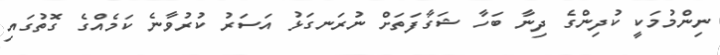
ނިންމުމަކީ ކުދިންގެ ދިނާ ބަހާ ޝަގާފަތަށް ނުރަނގަޅު އަސަރު ކުރުވާނެ ކަމެއްގެ ގޮތުގައި